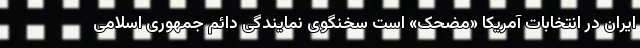
ایران در انتخابات آمریکا «مضحک» است سخنگوی نمایندگی دائم جمهوری اسلامی